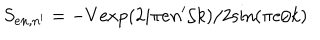
S _ { e n , n ^ { \prime } } = - V \mathrm { e x p } ( 2 i \pi e n ^ { \prime } / k ) / 2 \mathrm { s i n } ( \pi e / k )